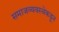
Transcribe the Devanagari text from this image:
समाजव्यवस्थेकडून